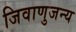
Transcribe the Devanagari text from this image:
जिवाणुजन्य